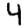
Digit: 4